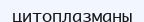
цитоплазманы